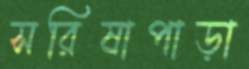
সরিষাপাড়া